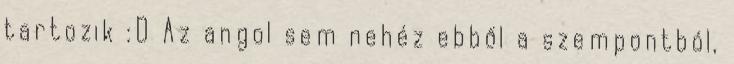
tartozik :D Az angol sem nehéz ebből a szempontból,